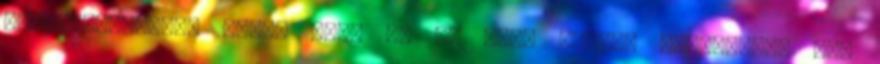
Trianon-kérdést hozta elő. De az EU-n belüli folyamatok sem